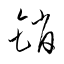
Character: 銷